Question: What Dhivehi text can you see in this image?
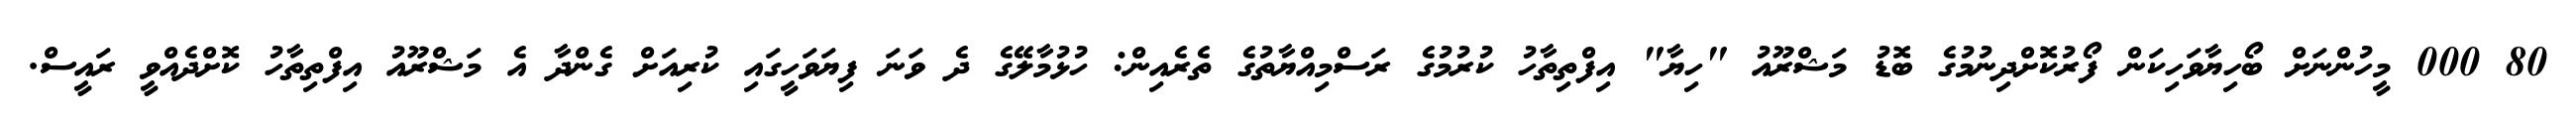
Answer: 80 000 މީހުންނަށް ބޯހިޔާވަހިކަން ފޯރުކޮށްދިނުމުގެ ބޮޑު މަޝްރޫއު "ހިޔާ" އިފްތިތާހު ކުރުމުގެ ރަސްމިއްޔާތުގެ ތެރެއިން: ހުޅުމާލޭގެ ދެ ވަނަ ފިޔަވަހީގައި ކުރިއަށް ގެންދާ އެ މަޝްރޫއު އިފްތިތާހު ކޮށްދެއްވީ ރައީސް.